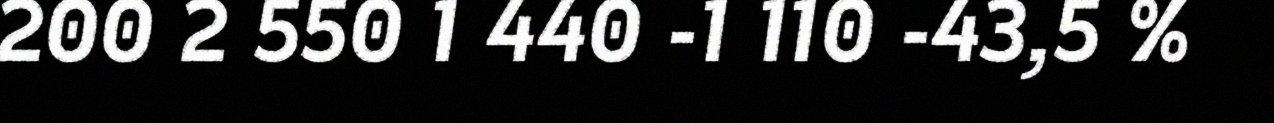
200 2 550 1 440 -1 110 -43,5 %